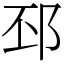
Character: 邳